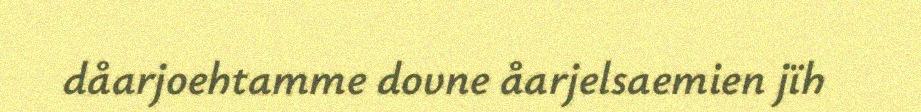
dåarjoehtamme dovne åarjelsaemien jïh